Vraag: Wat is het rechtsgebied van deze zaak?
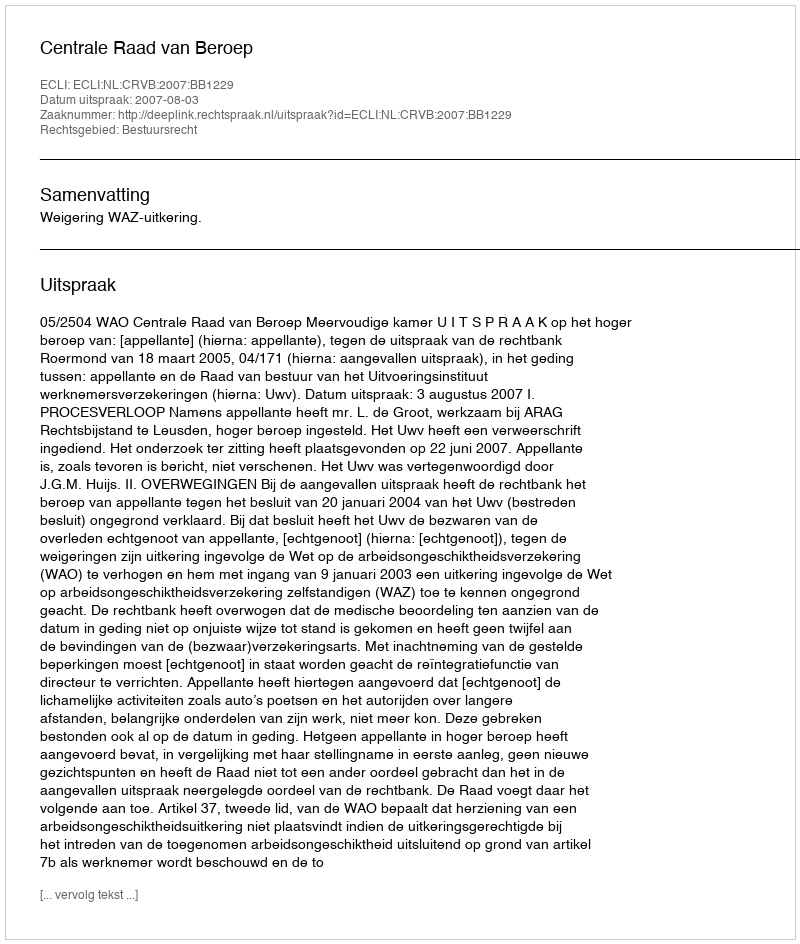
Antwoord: Bestuursrecht